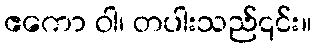
ဧကော ဝါ၊ တပါးသည်၎င်း။